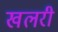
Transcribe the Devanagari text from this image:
खलरी